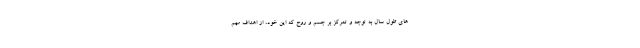
های طول سال به توجه و تمرکز بر جسم و روح که این خود، از اهداف مهم